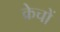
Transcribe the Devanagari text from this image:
क्रेचों